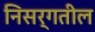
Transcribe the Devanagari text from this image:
निसर्गतील